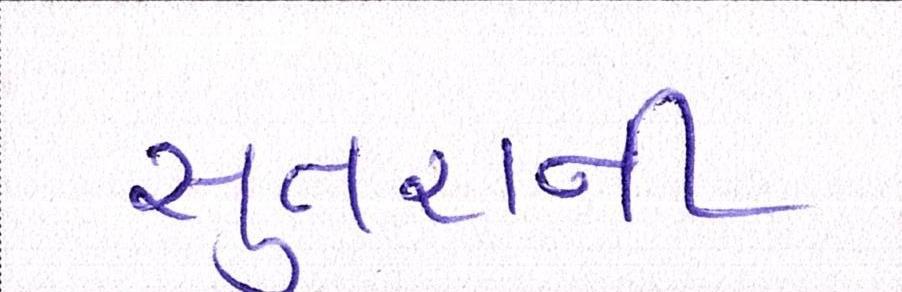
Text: સુતરાની